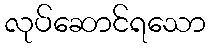
လုပ်ဆောင်ရသော